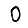
Digit: 0